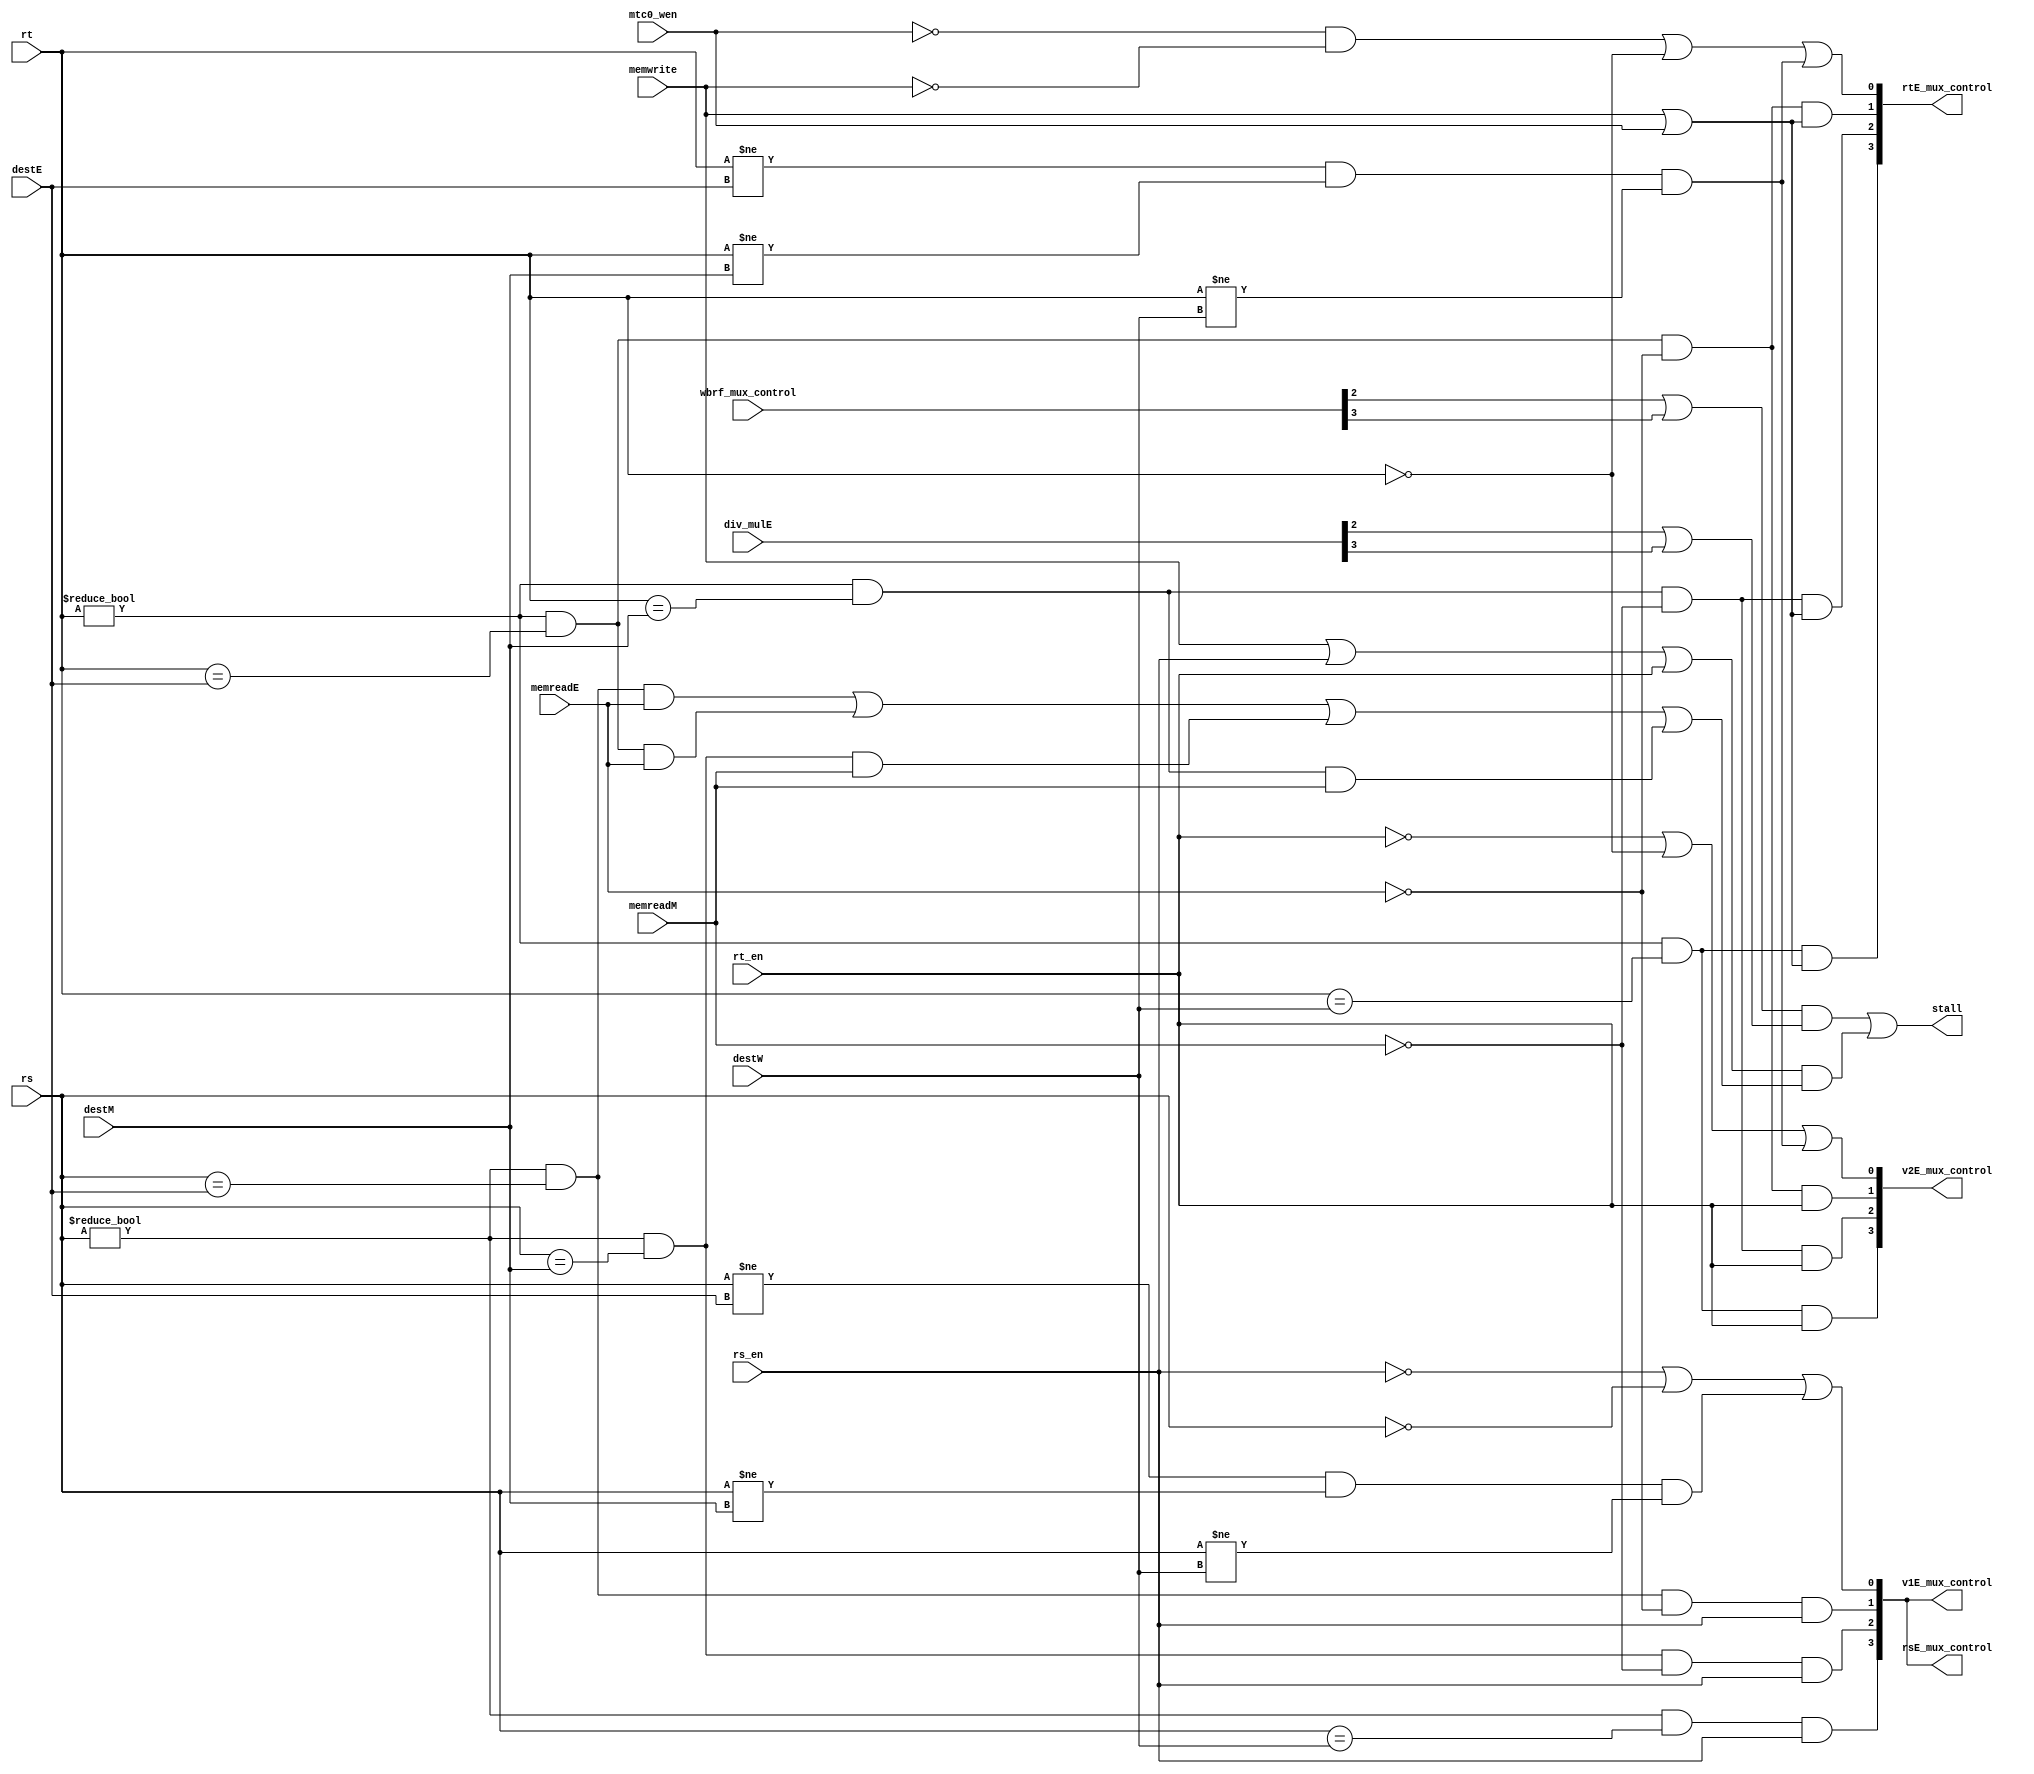
module data_dep_control(
	input [4:0] rs,
	input [4:0] rt,
	input [4:0] destE, 
	input [4:0] destM,
	input [4:0] destW,
	input memreadE,
	input memreadM,
	input memwrite,
	input mtc0_wen,
	input rs_en,
	input rt_en,
	input [3:0] div_mulE,
	input [4:0] wbrf_mux_control,
	output stall,
	output [3:0] v1E_mux_control,
	output [3:0] v2E_mux_control,
	output [3:0] rtE_mux_control,
	output [3:0] rsE_mux_control
	);

assign stall =((wbrf_mux_control[2]|wbrf_mux_control[3])&(div_mulE[2]|div_mulE[3]))|((memwrite|rs_en|rt_en)& 
              ((rs!=5'd0 & rs==destE & memreadE)|(rt!=5'd0 & rt==destE & memreadE)
              |(rs!=5'd0 & rs==destM & memreadM)|(rt!=5'd0 & rt==destM & memreadM)));
              
assign rsE_mux_control = v1E_mux_control;
                           
assign rtE_mux_control[0] = (~mtc0_wen&~memwrite)|(rt==5'd0)|((rt!=destE)&(rt!=destM)&(rt!=destW));
assign rtE_mux_control[1] = (rt!=5'd0)&(rt==destE)&(~memreadE)&(memwrite|mtc0_wen);
assign rtE_mux_control[2] = (rt!=5'd0)&(rt==destM)&(~memreadM)&(memwrite|mtc0_wen);
assign rtE_mux_control[3] = (rt!=5'd0)&(rt==destW)&(memwrite|mtc0_wen);

assign v1E_mux_control[0] = ~rs_en|(rs==5'd0)|((rs!=destE)&(rs!=destM)&(rs!=destW));
assign v1E_mux_control[1] = (rs!=5'd0)&(rs==destE)&(~memreadE)&rs_en;
assign v1E_mux_control[2] = (rs!=5'd0)&(rs==destM)&(~memreadM)&rs_en;
assign v1E_mux_control[3] = (rs!=5'd0)&(rs==destW)&rs_en;

assign v2E_mux_control[0] = ~rt_en|(rt==5'd0)|((rt!=destE)&(rt!=destM)&(rt!=destW));
assign v2E_mux_control[1] = (rt!=5'd0)&(rt==destE)&(~memreadE)&rt_en;
assign v2E_mux_control[2] = (rt!=5'd0)&(rt==destM)&(~memreadM)&rt_en;
assign v2E_mux_control[3] = (rt!=5'd0)&(rt==destW)&rt_en;
endmodule